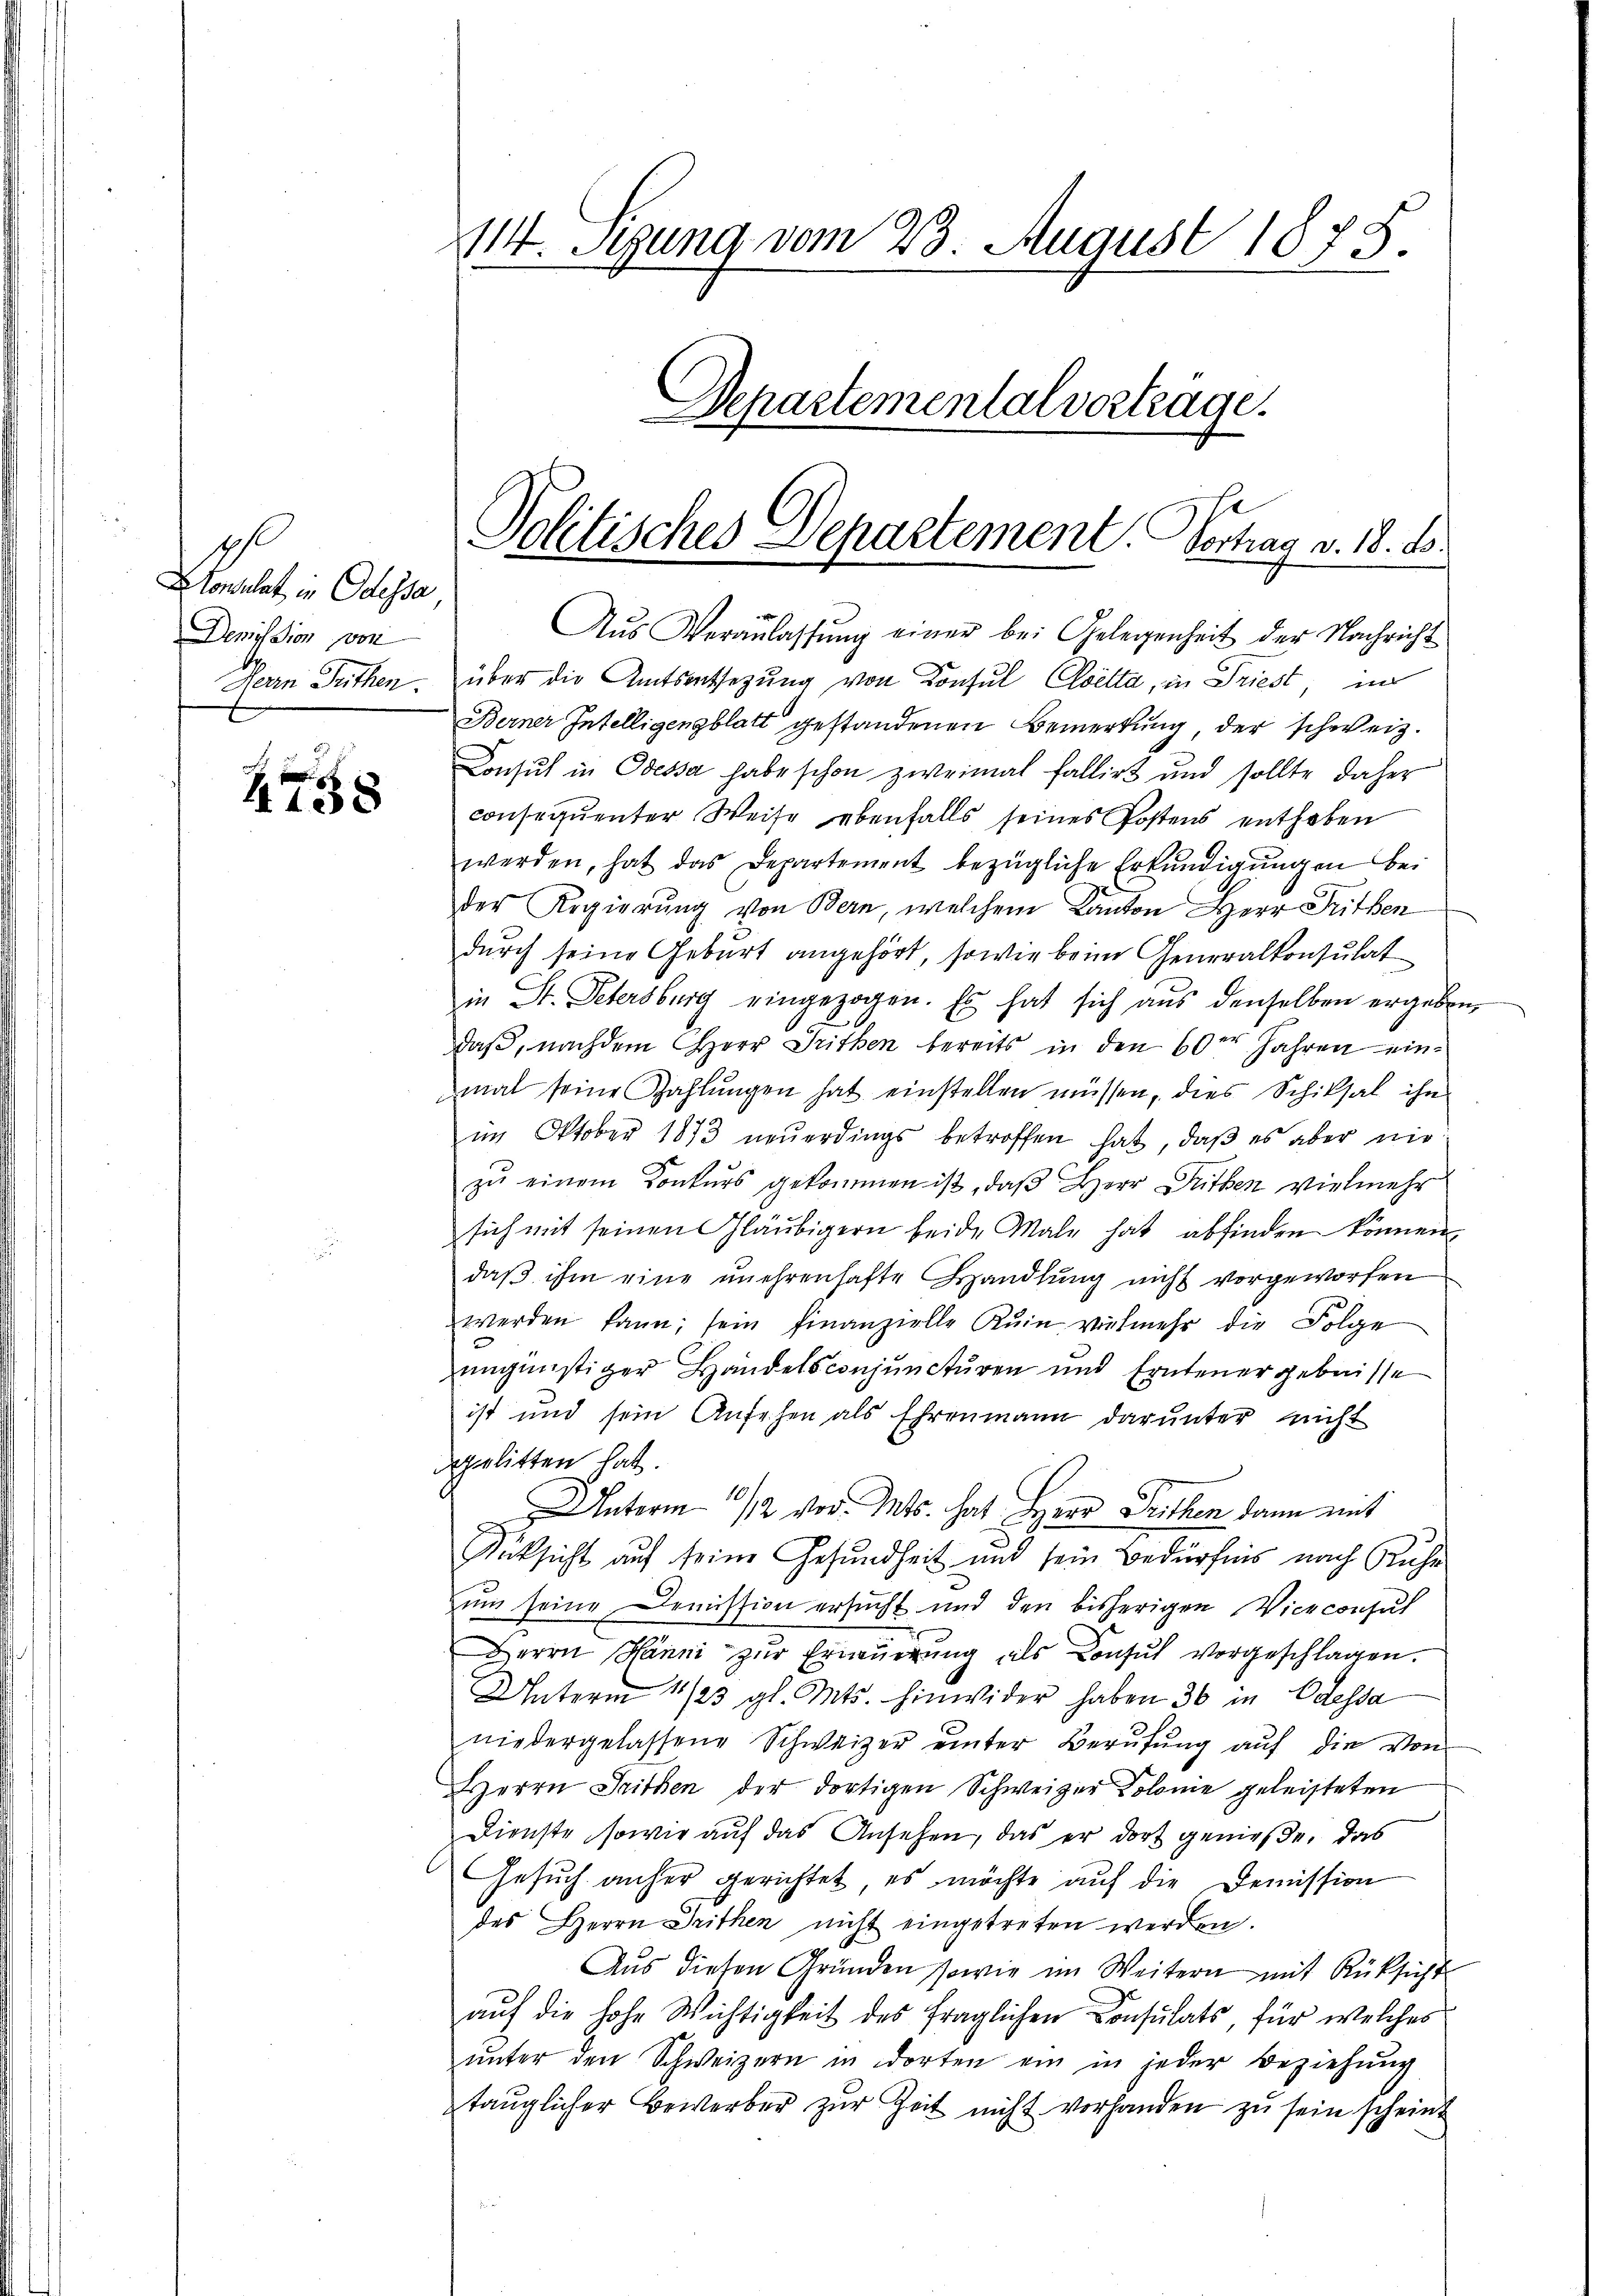
Ich.
Konsulat in Odessa
Demission von

4758

114. Segung vom 23. August 1875.
Departementalvorträge.
Politisches Departement. Vortrag v. 18. ds.

Aŭs Veranlassŭng einer bei Gelegenheit der Nachricht
Herrn Seithen, über die Amtsentsezung von Konsul Cloetta, in Friest, in
Berner Intelligengblatt gestandenen Bemerkung, der schweiz.
Consul in Odessa habe schon zweimal fallirt und sollte daher
consequenter Weise ebenfalls seines Postens enthoben
werden, hat das Departement bezügliche Erkundigŭngen bei
der Regierung von Bern, welchem Kanton Herr Fritben
durch seine Geburt angehört, sowie beim Generalkonsulat
in Dr. Petersburg eingezogen. Es hat sich aus denselben ergeben,
daß, nachdem Cherr Trithen bereits in den 60ter Jahren einmal seine Zahlungen hat einstellen müssen, dies Schiksal ihn
im Oktober 1873 neŭerdings betroffen hat, daβ es aber nie
zŭ einem Konkŭrs gekommen ist, daβ Herr Guthen vielmehr
sich mit seinen Gläubigern beide Male hat abfinden können.
daß ihm eine unehrenhafte Handlung nicht vorgeworfen
werden kann; sein Finanzielle Ruin vielmehr die Folge
ungünstiger Handelsconjuncturen und Erntenergebnisse
ist und sein Ansehen als Ehrenmann darunter nicht
dgelitten hat.
Unterm 1/12 vor. Mts. hat Herr Seithen dann mit
Rücksicht auf seine Gesundheit und sein Bedürfnis nach Ruhe
ŭm seine Demission ersucht und den bisherigen Viceconsul
Herrn Hänni zur Erneuerung als Consul vorgeschlagen.
Unterm 11/23 gl. Mts. hinwider haben 36 in Odessa
niedergelassene Schweizer ŭnter Berŭfŭng aŭf die von
Herrn Seithen der dortigen Schweizer Kolonie geleisteten
Dienste, sowie auf das Ansehen, das er dort genieße, das
Gesuch anher gerichtet, es möchte auf die Demission
des Herrn Drithen nicht eingetreten werden.
Aŭs diesen Gründen sowie im Weitern mit Rüksicht
auf die hohe Wichtigkeit des fraglichen Consulats, für welches
ŭnter den Schweizern in dorten ein in jeder Beziehŭng
taŭglicher Bewerber zŭr Zeit nicht vorhanden zu sein scheint